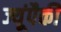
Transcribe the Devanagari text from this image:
ज्यूंपैकी